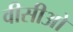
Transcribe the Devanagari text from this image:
वीसीओ